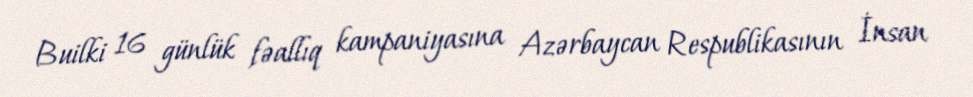
Builki 16 günlük fəallıq kampaniyasına Azərbaycan Respublikasının İnsan